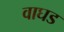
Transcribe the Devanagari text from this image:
वाघड